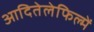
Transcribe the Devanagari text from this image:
आदितेलेफिल्में